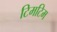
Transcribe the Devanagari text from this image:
टिमटिम